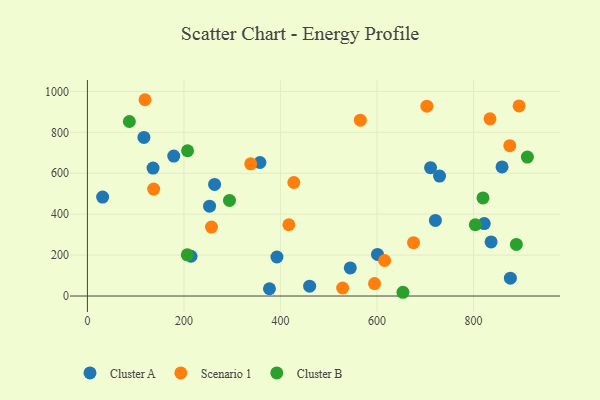
{"axis": {"x": "Ad Spend", "y": "Fuel Efficiency"}, "legend": ["Cluster A", "Cluster B", "Scenario 1"], "data": [{"x": "544.7", "y": 137.2, "type": "Cluster A"}, {"x": "178.9", "y": 684.1, "type": "Cluster A"}, {"x": "377.2", "y": 35.6, "type": "Cluster A"}, {"x": "729.7", "y": 586.4, "type": "Cluster A"}, {"x": "601.1", "y": 203.4, "type": "Cluster A"}, {"x": "721.1", "y": 369.5, "type": "Cluster A"}, {"x": "822.3", "y": 354.0, "type": "Cluster A"}, {"x": "136.0", "y": 625.4, "type": "Cluster A"}, {"x": "876.5", "y": 87.2, "type": "Cluster A"}, {"x": "31.5", "y": 483.7, "type": "Cluster A"}, {"x": "460.5", "y": 48.1, "type": "Cluster A"}, {"x": "253.1", "y": 439.2, "type": "Cluster A"}, {"x": "263.5", "y": 545.5, "type": "Cluster A"}, {"x": "357.5", "y": 652.5, "type": "Cluster A"}, {"x": "117.1", "y": 775.1, "type": "Cluster A"}, {"x": "859.2", "y": 630.8, "type": "Cluster A"}, {"x": "711.1", "y": 627.2, "type": "Cluster A"}, {"x": "392.7", "y": 190.8, "type": "Cluster A"}, {"x": "214.7", "y": 194.4, "type": "Cluster A"}, {"x": "836.5", "y": 264.2, "type": "Cluster A"}, {"x": "834.2", "y": 866.2, "type": "Scenario 1"}, {"x": "875.3", "y": 734.7, "type": "Scenario 1"}, {"x": "675.8", "y": 260.5, "type": "Scenario 1"}, {"x": "894.5", "y": 929.1, "type": "Scenario 1"}, {"x": "595.0", "y": 60.9, "type": "Scenario 1"}, {"x": "119.3", "y": 959.3, "type": "Scenario 1"}, {"x": "615.8", "y": 173.7, "type": "Scenario 1"}, {"x": "137.3", "y": 522.8, "type": "Scenario 1"}, {"x": "417.4", "y": 348.2, "type": "Scenario 1"}, {"x": "703.4", "y": 928.0, "type": "Scenario 1"}, {"x": "528.9", "y": 39.2, "type": "Scenario 1"}, {"x": "257.1", "y": 337.0, "type": "Scenario 1"}, {"x": "338.4", "y": 645.8, "type": "Scenario 1"}, {"x": "565.5", "y": 859.5, "type": "Scenario 1"}, {"x": "427.7", "y": 554.8, "type": "Scenario 1"}, {"x": "294.4", "y": 467.3, "type": "Cluster B"}, {"x": "206.9", "y": 201.5, "type": "Cluster B"}, {"x": "819.7", "y": 479.4, "type": "Cluster B"}, {"x": "653.9", "y": 18.3, "type": "Cluster B"}, {"x": "803.8", "y": 348.3, "type": "Cluster B"}, {"x": "207.5", "y": 709.9, "type": "Cluster B"}, {"x": "911.7", "y": 679.1, "type": "Cluster B"}, {"x": "888.9", "y": 252.1, "type": "Cluster B"}, {"x": "86.9", "y": 852.9, "type": "Cluster B"}]}